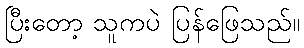
ပြီးတော့ သူကပဲ ပြန်ဖြေသည်။